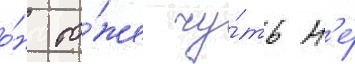
о́н то́же чу́ть н'е́